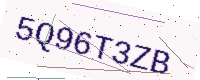
Text: 5Q96T3ZB